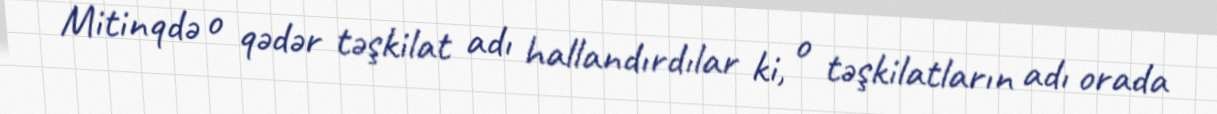
Mitinqdə o qədər təşkilat adı hallandırdılar ki, o təşkilatların adı orada